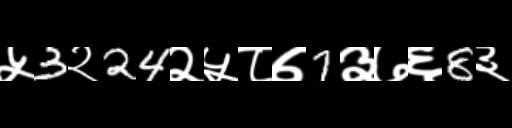
Text: ५3२24२५८७7३७६8३